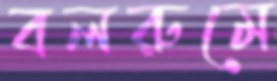
বলরুমে